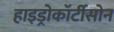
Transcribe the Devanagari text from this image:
हाइड्रोकॉर्टीसोन